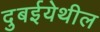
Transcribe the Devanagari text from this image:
दुबईयेथील